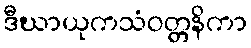
ဒီဃာယုကသံဝတ္တနိကာ